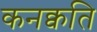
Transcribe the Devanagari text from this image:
कनक्वति